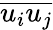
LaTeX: \overline{{u_{i}u_{j}}}